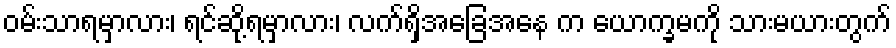
ဝမ်းသာရမှာလား၊ ရင်ဆို့ရမှာလား၊ လက်ရှိအခြေအနေ က ယောက္ခမကို သားမယားတွက်